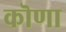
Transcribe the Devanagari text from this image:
कॊणा